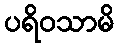
ပရိဝသာမိ